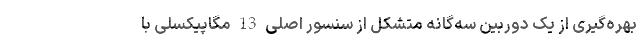
بهره‌گیری از یک دوربین سه‌گانه متشکل از سنسور اصلی 13 مگاپیکسلی با